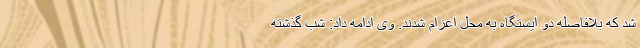
شد که بلافاصله دو ایستگاه به محل اعزام شدند. وی ادامه داد: شب گذشته